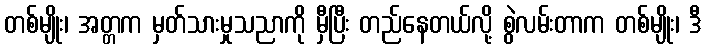
တစ်မျိုး၊ အတ္တက မှတ်သားမှုသညာကို မှီပြီး တည်နေတယ်လို့ စွဲလမ်းတာက တစ်မျိုး၊ ဒီ